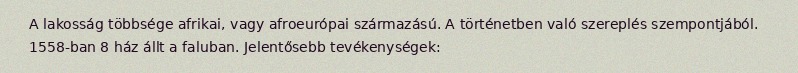
A lakosság többsége afrikai, vagy afroeurópai származású. A történetben való szereplés szempontjából. 1558-ban 8 ház állt a faluban. Jelentősebb tevékenységek: